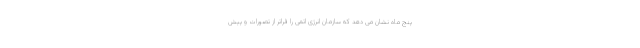
پنج ماه نشان می دهد که سازمان انرژی اتمی را فراتر از تصورات و پیش